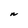
Character: N